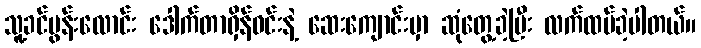
သူ့ခင်ပွန်းလောင်း ဒေါက်တာရှိန်ဝင်းနဲ့ ဆေးကျောင်းမှာ ဆုံတွေ့ခဲ့ပြီး လက်ထပ်ခဲ့ပါတယ်။